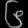
Digit: ၆